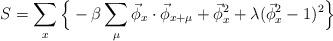
LaTeX: \begin{align*}S= \sum_{x}\Big\{-\beta \sum_{\mu}\vec\phi_x\cdot\vec\phi_{x+\mu} + \vec\phi_x^2 + \lambda(\vec\phi_x^2 -1)^2\Big\} \end{align*}